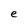
Character: e